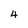
Character: 4